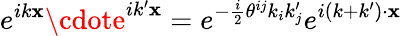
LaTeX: e^{ik\mathbf{x}}\cdote^{ik^{\prime}\mathbf{x}}=e^{-{\frac{{i}}{{2}}}\theta^{ij}k_{i}k_{j}^{\prime}}e^{i(k+k^{\prime})\cdot\mathbf{x}}